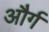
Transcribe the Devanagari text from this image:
और्ग